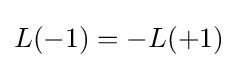
L(-1)=-L(+1)